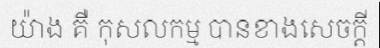
យ៉ាង គឺ កុសលកម្ម បានខាងសេចក្តី